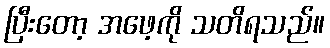
ပြီးတော့ အဖေ့ကို သတိရသည်။